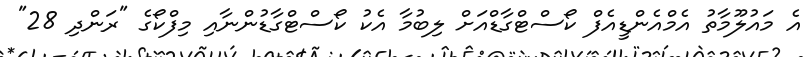
އެ މައުލޫމާތު އެމްއެންޑީއެފް ކޯސްޓްގާޑްއަށް ލިބުމާ އެކު ކޯސްޓްގާޑުންނާއި މިފްކޯގެ "ރަންދި 28"